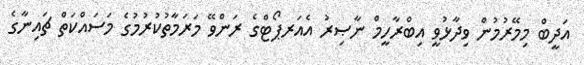
އަދީބް މިމޭރުމުން ވިދާޅުވީ އިބްރާހީމް ނާޞިރު އެއަރޕޯޓްގެ ރަންވޭ މަރަމާތުކުރުމުގެ މަސައްކަތް ޗައިނާގެ